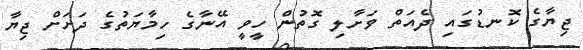
ޖިޔާގެ ކޮނޑުގައި ދެއަތް ވަށާލި ގޮތުން ހީވީ އޭނާގެ ހިމާޔަތުގެ ދަށަށް ޖިޔާ